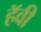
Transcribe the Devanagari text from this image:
हॅवी